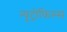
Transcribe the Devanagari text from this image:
न्यूट्रोफिल्स